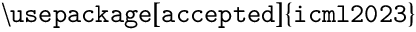
\mathtt { \backslash u s e p a c k a g e [ a c c e p t e d ] \{ i c m l 2 0 2 3 \} }